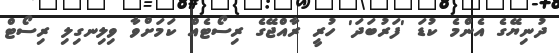
ދުނިޔޭގެ އެންމެ ކުޑަ 'ފަރުބަދަ' ހުރީ ރާއްޖޭގެ ރިސޯޓެއް ކަމަށްވާ ވިލިނގިލި ރިސޯޓް